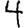
Digit: 4